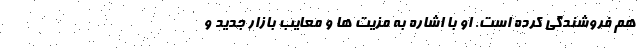
هم فروشندگی کرده است. او با اشاره به مزیت ها و معایب بازار جدید و